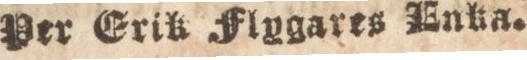
Per Erik Flygares Entza.